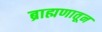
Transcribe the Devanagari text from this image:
ब्राह्मणातून